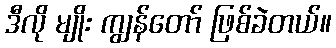
ဒီလို မျိုး ကျွန်တော် ဖြစ်ခဲတယ်။